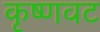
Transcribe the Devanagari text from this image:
कृष्णवट